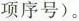
项序号)。